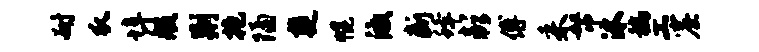
耐瓜埠般荆抱隔楚幌激断蜂彭傅采帑沐稿工窟